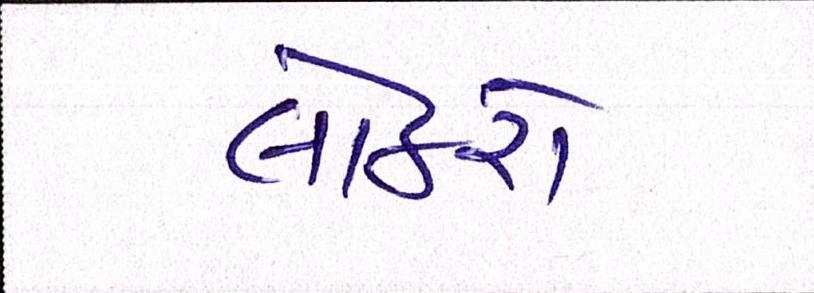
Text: લોકરો